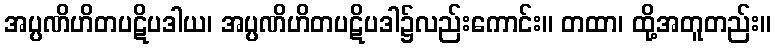
အပ္ပဏိဟိတပဋိပဒါယ၊ အပ္ပဏိဟိတပဋိပဒါ၌လည်းကောင်း။ တထာ၊ ထို့အတူတည်း။